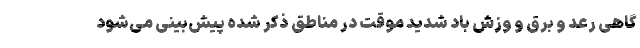
گاهی رعد و برق و وزش باد شدید موقت در مناطق ذکر شده پیش‌بینی می‌شود